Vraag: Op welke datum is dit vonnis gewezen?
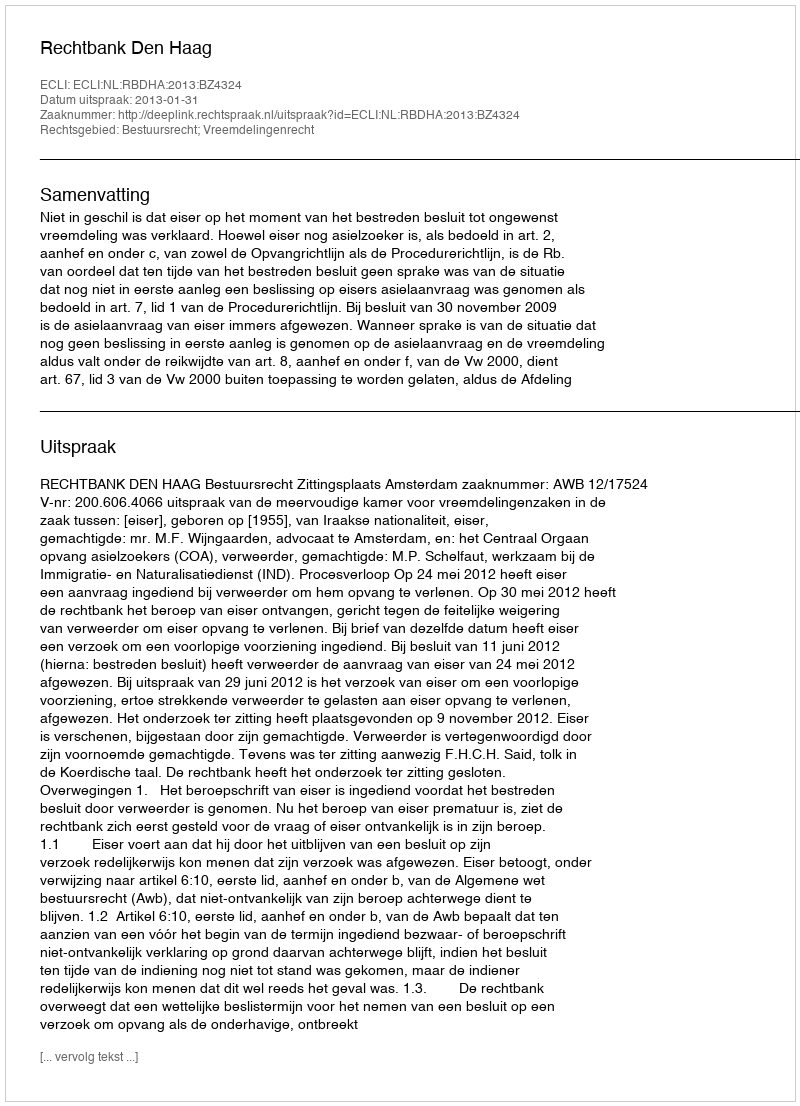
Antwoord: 2013-01-31